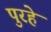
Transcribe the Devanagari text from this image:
पुरहे